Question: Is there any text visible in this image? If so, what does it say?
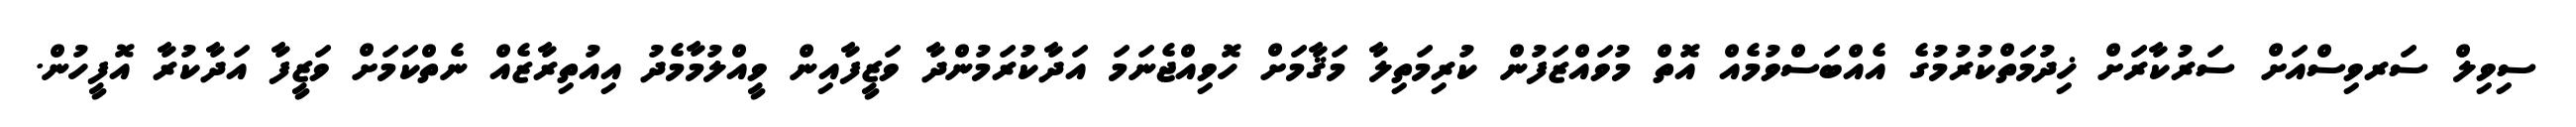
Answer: ސިވިލް ސަރވިސްއަށް ސަރުކާރަށް ޚިދުމަތްކުރުމުގެ އެއްބަސްވުމެއް އޮތް މުވައްޒަފުން ކުރިމަތިލާ މަޤާމަށް ހޮވިއްޖެނަމަ އަދާކުރަމުންދާ ވަޒީފާއިން ވީއްލުމާމެދު އިއުތިރާޒެއް ނެތްކަމަށް ވަޒީފާ އަދާކުރާ އޮފީހުން.